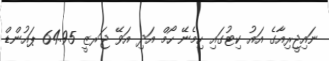
ނައިޖީރިއާގެ އައު ކިޓުގައި ހިމެނޭ ހޯމް އަދި އަވޭ ޖަރޒީ 64.95 ޕައުންޑް